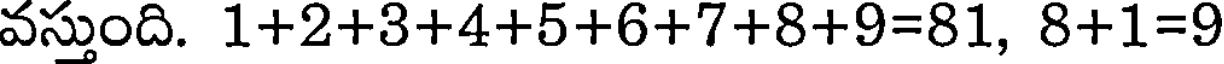
వస్తుంది. 1+2+3+4+5+6+7+8+9=81, 8+1=9